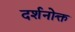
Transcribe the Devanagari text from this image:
दर्शनोक्त